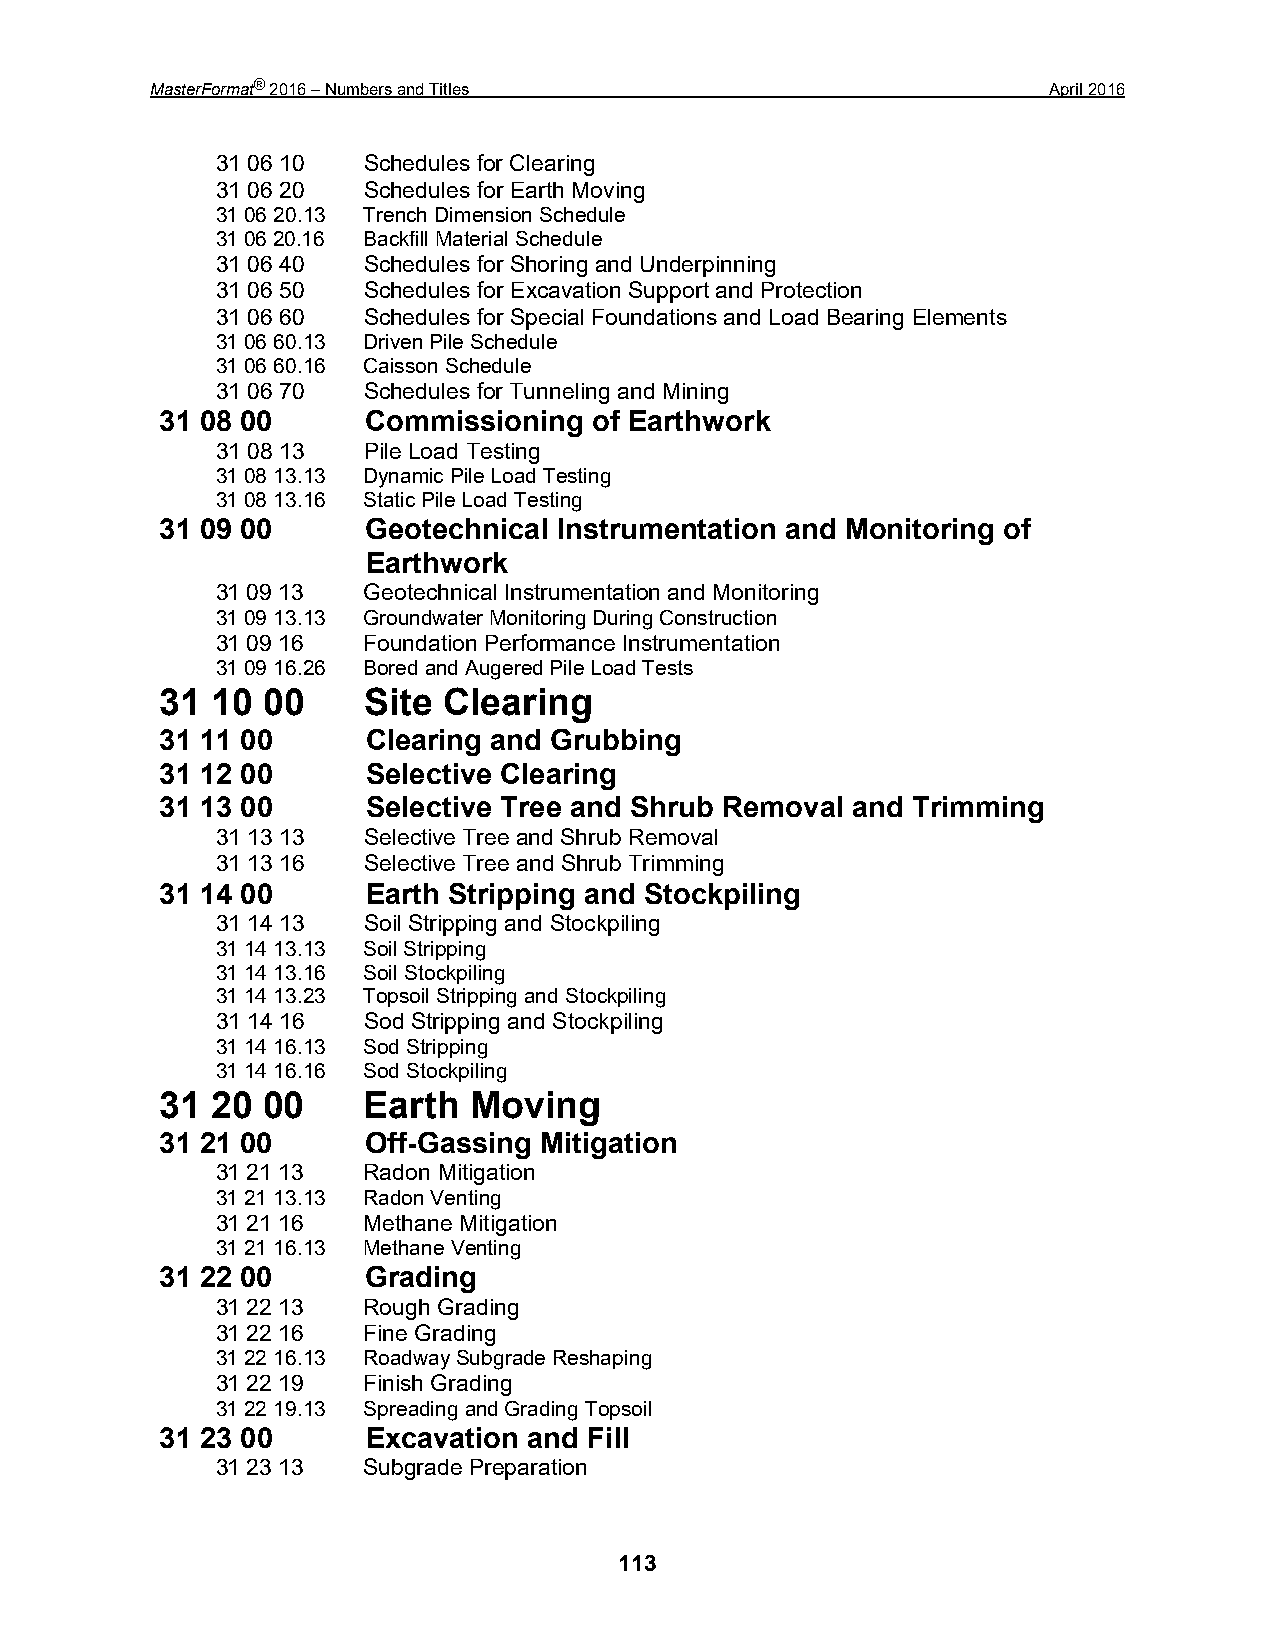
MasterFormat® 2016 – Numbers and Titles                     April 2016
 31 06 10  Schedules for Clearing
 31 06 20  Schedules for Earth Moving
 31 06 20.13 Trench Dimension Schedule
 31 06 20.16 Backfill Material Schedule
 31 06 40  Schedules for Shoring and Underpinning
 31 06 50  Schedules for Excavation Support and Protection
 31 06 60  Schedules for Special Foundations and Load Bearing Elements
 31 06 60.13 Driven Pile Schedule
 31 06 60.16 Caisson Schedule
 31 06 70  Schedules for Tunneling and Mining
 31 08 00     Commissioning  of Earthwork
 31 08 13  Pile Load Testing
 31 08 13.13 Dynamic Pile Load Testing
 31 08 13.16 Static Pile Load Testing
 31 09 00     Geotechnical Instrumentation and Monitoring of
 Earthwork
 31 09 13  Geotechnical Instrumentation and Monitoring
 31 09 13.13 Groundwater Monitoring During Construction
 31 09 16  Foundation Performance Instrumentation
 31 09 16.26 Bored and Augered Pile Load Tests
 31 10 00     Site Clearing
 31 11 00     Clearing and Grubbing
 31 12 00     Selective Clearing
 31 13 00     Selective Tree and Shrub Removal and Trimming
 31 13 13  Selective Tree and Shrub Removal
 31 13 16  Selective Tree and Shrub Trimming
 31 14 00     Earth Stripping and Stockpiling
 31 14 13  Soil Stripping and Stockpiling
 31 14 13.13 Soil Stripping
 31 14 13.16 Soil Stockpiling
 31 14 13.23 Topsoil Stripping and Stockpiling
 31 14 16  Sod Stripping and Stockpiling
 31 14 16.13 Sod Stripping
 31 14 16.16 Sod Stockpiling
 31 20 00     Earth  Moving
 31 21 00     Off-Gassing Mitigation
 31 21 13  Radon Mitigation
 31 21 13.13 Radon Venting
 31 21 16  Methane Mitigation
 31 21 16.13 Methane Venting
 31 22 00     Grading
 31 22 13  Rough Grading
 31 22 16  Fine Grading
 31 22 16.13 Roadway Subgrade Reshaping
 31 22 19  Finish Grading
 31 22 19.13 Spreading and Grading Topsoil
 31 23 00     Excavation and Fill
 31 23 13  Subgrade Preparation
 113